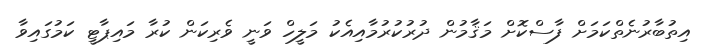
އިތުބާރުނެތްކަމަށް ފާސްކޮށް މަޤާމުން ދުރުކުރުމާއިއެކު މަލީހް ވަނީ ވެރިކަން ކުރާ މައިޕާޓީ ކަމުގައިވާ